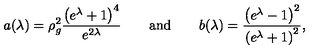
a ( \lambda ) = \rho _ { g } ^ { 2 } \frac { \left( e ^ { \lambda } + 1 \right) ^ { 4 } } { e ^ { 2 \lambda } } \qquad \mathrm { a n d } \qquad b ( \lambda ) = \frac { \left( e ^ { \lambda } - 1 \right) ^ { 2 } } { \left( e ^ { \lambda } + 1 \right) ^ { 2 } } ,